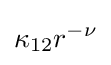
\kappa _{12}r^{-\nu }